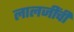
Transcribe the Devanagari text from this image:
लालजींची